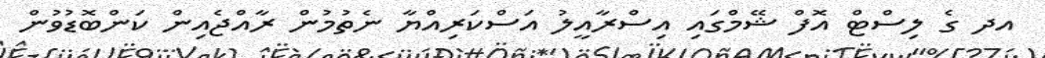
އދ ގެ ލިސްޓް އޮފް ޝޭމްގައި އިސްރާއީލު އަސްކަރިއްޔާ ނެތުމުން ރާއްޖެއިން ކަންބޮޑުވުން